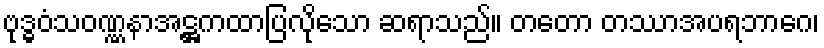
ဗုဒ္ဓဝံသဝဏ္ဏနာအဋ္ဌကထာပြလိုသော ဆရာသည်။ တတော တဿာအပရဘာဂေ၊